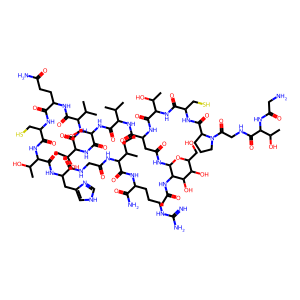
SMILES: CCC(C)C(NC(=O)CNC(=O)C(Cc1c[nH]cn1)NC(=O)C(NC(=O)C(CS)NC(=O)C(CCC(N)=O)NC(=O)C(NC(=O)C(NC(=O)C(CO)NC(=O)C(NC(=O)C(CC(=O)NC1OC(CO)C(O)C(O)C1NC(C)=O)NC(=O)C(NC(=O)C(CS)NC(=O)C1CCCN1C(=O)CNC(=O)C(NC(=O)CN)C(C)O)C(C)O)C(C)C)C(C)O)C(C)C)C(C)O)C(=O)NC(CCCNC(=N)N)C(N)=O
Inhibits HIV replication: No